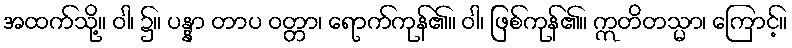
အထက်သို့။ ဝါ၊ ၌။ ပန္နာ တာပ ဝတ္တာ၊ ရောက်ကုန်၏။ ဝါ၊ ဖြစ်ကုန်၏။ ဣတိတသ္မာ၊ ကြောင့်။